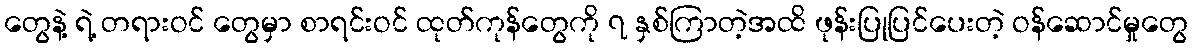
တွေနဲ့ ရဲ့ တရားဝင် တွေမှာ စာရင်းဝင် ထုတ်ကုန်တွေကို ၇ နှစ်ကြာတဲ့အထိ ဖုန်းပြုပြင်ပေးတဲ့ ဝန်ဆောင်မှုတွေ